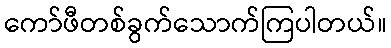
ကော်ဖီတစ်ခွက်သောက်ကြပါတယ်။